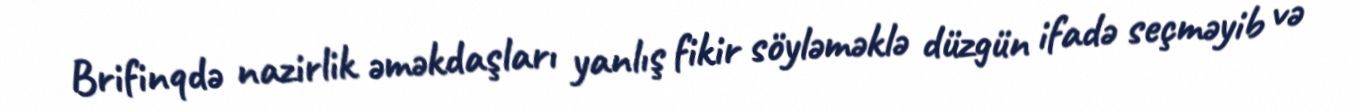
Brifinqdə nazirlik əməkdaşları yanlış fikir söyləməklə düzgün ifadə seçməyib və